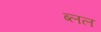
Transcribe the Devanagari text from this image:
ब्लल